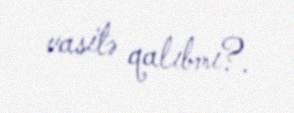
vasitə qalıbmı?.